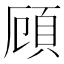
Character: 頋